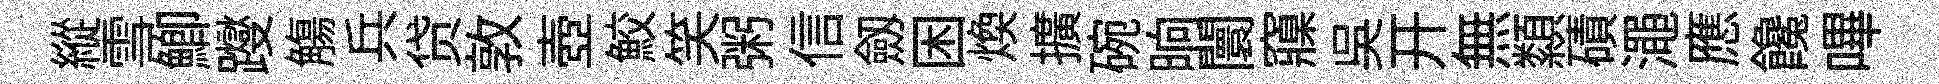
縱雪鯽躞觴兵贷敦壺鮫笑粥信劔困焕擴碗晌闤䆿呉开無纇磧澠應饞嗶